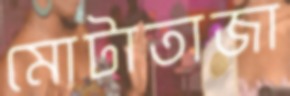
মোটাতাজা